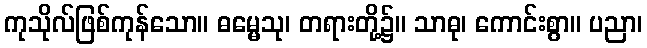
ကုသိုလ်ဖြစ်ကုန်သော။ ဓမ္မေသု၊ တရားတို့၌။ သာဓု၊ ကောင်းစွာ။ ပညာ၊